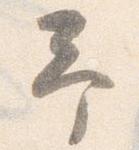
予